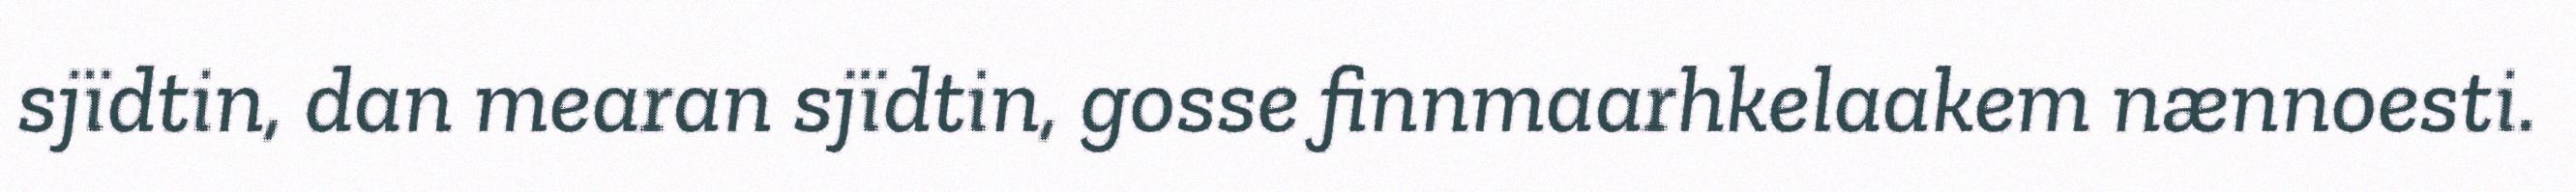
sjïdtin, dan mearan sjïdtin, gosse finnmaarhkelaakem nænnoesti.